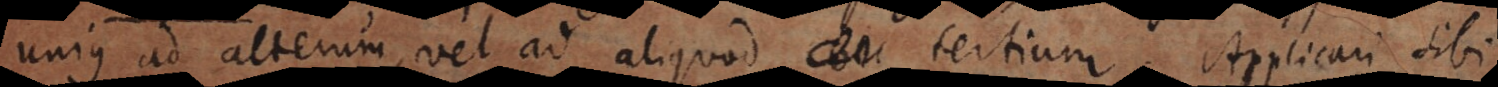
unius ad alterum, vel ad aliquod tertium. Applicari sibi